Insane asylums in Bengal annual reports 1867-1875 - 1867-1875
Year: 1867
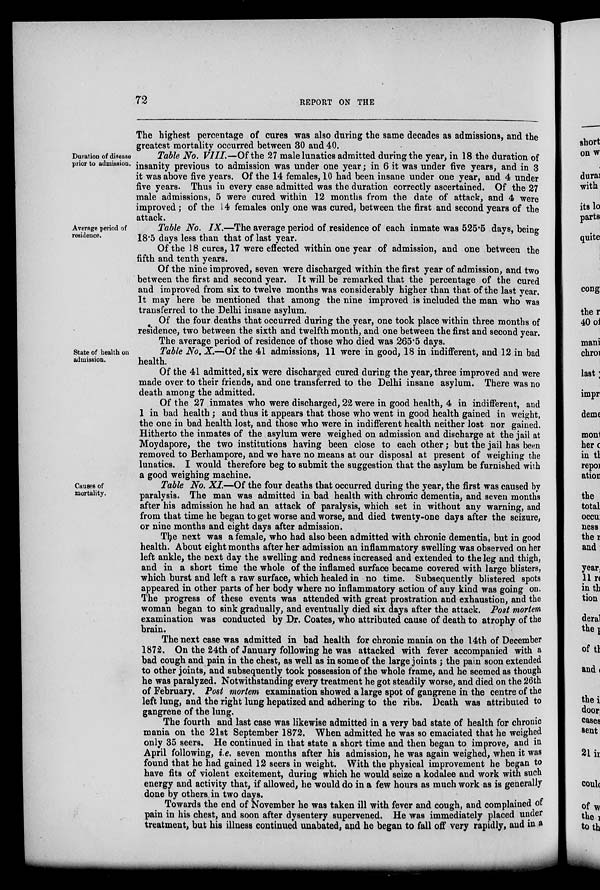
72
REPORT ON THE
The highest percentage of cures was also during the same decades as admissions, and the
greatest mortality occurred between 30 and 40.
Duration of disease
prior to admission.
Table No. VIII.—Of the 27 male lunatics admitted during the year, in 18 the duration of
insanity previous to admission was under one year; in 6 it was under five years, and in 3
it was above five years. Of the 14 females, 10 had been insane under one year, and 4 under
five years. Thus in every case admitted was the duration correctly ascertained. Of the 27
male admissions, 5 were cured within 12 months from the date of attack, and 4 were
improved; of the 14 females only one was cured, between the first and second years of the
attack.
Average period of
residence.
Table No. IX.—The average period of residence of each inmate was 525.5 days, being
18.5 days less than that of last year.
Of the 18 cures, 17 were effected within one year of admission, and one between the
fifth and tenth years.
Of the nine improved, seven were discharged within the first year of admission, and two
between the first and second year. It will be remarked that the percentage of the cured
and improved from six to twelve months was considerably higher than that of the last year.
It may here be mentioned that among the nine improved is included the man who was
transferred to the Delhi insane asylum.
Of the four deaths that occurred during the year, one took place within three months of
residence, two between the sixth and twelfth month, and one between the first and second year.
The average period of residence of those who died was 265.5 days.
State of health on
admission.
Table No. X.—Of the 41 admissions, 11 were in good, 18 in indifferent, and 12 in bad
health.
Of the 41 admitted, six were discharged cured during the year, three improved and were
made over to their friends, and one transferred to the Delhi insane asylum. There was no
death among the admitted.
Of the 27 inmates who were discharged, 22 were in good health, 4 in indifferent, and
1 in bad health; and thus it appears that those who went in good health gained in weight,
the one in bad health lost, and those who were in indifferent health neither lost nor gained.
Hitherto the inmates of the asylum were weighed on admission and discharge at the jail at
Moydapore, the two institutions having been close to each other; but the jail has been
removed to Berhampore, and we have no means at our disposal at present of weighing the
lunatics. I would therefore beg to submit the suggestion that the asylum be furnished with
a good weighing machine.
Causes of
mortality.
Table No. XI.—Of the four deaths that occurred during the year, the first was caused by
paralysis. The man was admitted in bad health with chronic dementia, and seven months
after his admission he had an attack of paralysis, which set in without any warning, and
from that time he began to get worse and worse, and died twenty-one days after the seizure,
or nine months and eight days after admission.
The next was a female, who had also been admitted with chronic dementia, but in good
health. About eight months after her admission an inflammatory swelling was observed on her
left ankle, the next day the swelling and redness increased and extended to the leg and thigh,
and in a short time the whole of the inflamed surface became covered with large blisters,
which burst and left a raw surface, which healed in no time. Subsequently blistered spots
appeared in other parts of her body where no inflammatory action of any kind was going on.
The progress of these events was attended with great prostration and exhaustion, and the
woman began to sink gradually, and eventually died six days after the attack. Post mortem
examination was conducted by Dr. Coates, who attributed cause of death to atrophy of the
brain.
The next case was admitted in bad health for chronic mania on the 14th of December
1872. On the 24th of January following he was attacked with fever accompanied with a
bad cough and pain in the chest, as well as in some of the large joints ; the pain soon extended
to other joints, and subsequently took possession of the whole frame, and he seemed as though
he was paralyzed. Notwithstanding every treatment he got steadily worse, and died on the 26th
of February. Post mortem examination showed a large spot of gangrene in the centre of the
left lung, and the right lung hepatized and adhering to the ribs. Death was attributed to
gangrene of the lung.
The fourth and last case was likewise admitted in a very bad state of health for chronic
mania on the 21st September 1872. When admitted he was so emaciated that he weighed
only 35 seers. He continued in that state a short time and then began to improve, and in
April following, i.e. seven months after his admission, he was again weighed, when it was
found that he had gained 12 seers in weight. With the physical improvement he began to
have fits of violent excitement, during which he would seize a kodalee and work with such
energy and activity that, if allowed, he would do in a few hours as much work as is generally
done by others in two days.
Towards the end of November he was taken ill with fever and cough, and complained of
pain in his chest, and soon after dysentery supervened. He was immediately placed under
treatment, but his illness continued unabated, and he began to fall off very rapidly, and in a